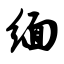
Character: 缅